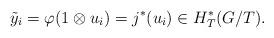
LaTeX: \begin{align*}\tilde{y}_i = \varphi(1 \otimes u_i) = j^* (u_i) \in H_T^*(G/T).\end{align*}